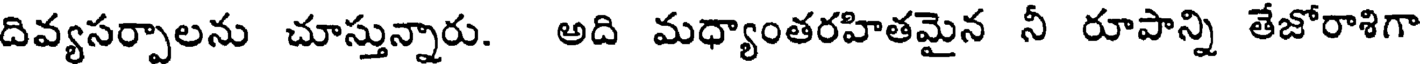
దివ్యసర్పాలను చూస్తున్నారు. అది మధ్యాంతరహితమైన నీ రూపాన్ని తేజోరాశిగా